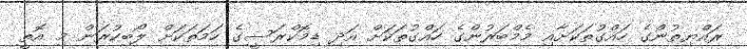
ރައްޔިތުންގެ ހައްގުތަކަށާއި މެމްބަރުންގެ ހައްގުތަކަށް އަދި ޑިމޮކްރަސީގެ ހަމަތަކަށް ލޯބިކުރަން މި އޮތީ